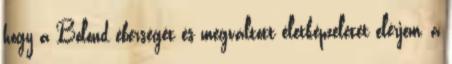
hogy a Bolond éberségét és megváltott életképzeletét elérjem, a